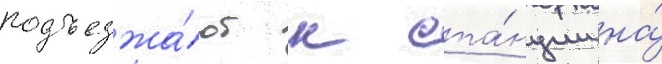
подъезжа́ют к ста́нции на́